Report on vaccination in Madras 1904-1921 - 1904-1921
Year: 1904
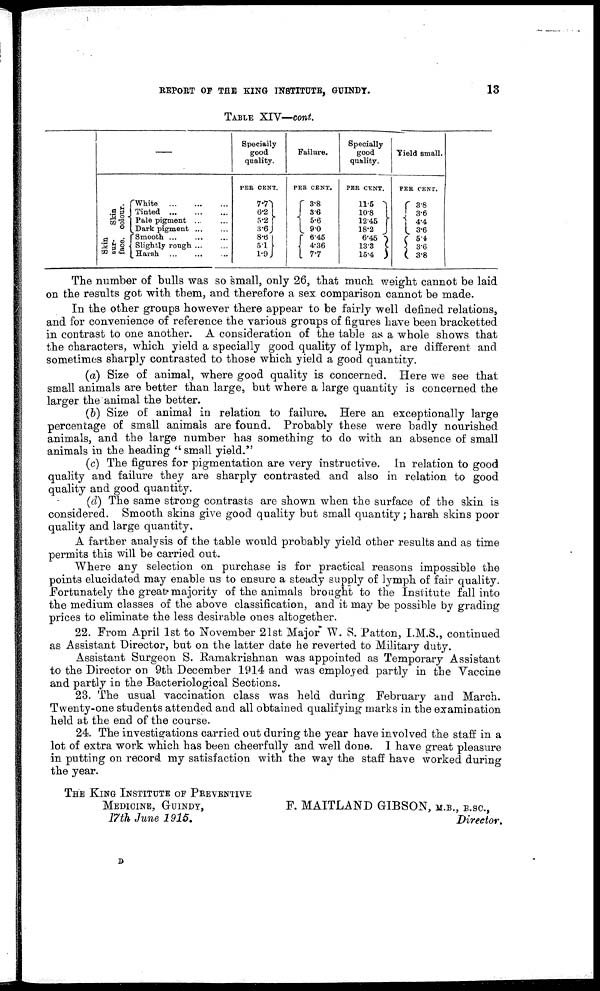
REPORT OF THE KING INSTITUTE, GUINDY.
13
TABLE XIV—cont.
Skin
colour.
Skin
sur-
face.
White
...
...
...
Tinted
...
...
...
Pale pigment ... ...
Dark pigment ... ...
Smooth ...
...
...
Slightly rough ... ...
Harsh
...
...
...
Specially
good
quality.
PER CENT.
7.7
6.2
5.2
3.6
8.6
5.1
1.9
Failure.
PER CENT.
3.8
3.6
5.6
9.0
6.45
4.36
7.7
Specially
good
quality.
PER CENT.
11.5
10.8
12.45
18.2
6.45
13.3
15.4
Yield small.
PER CENT.
3.8
3.6
4.4
3.6
5.4
3.6
3.8
The number of bulls was so small, only 26, that much weight cannot be laid
on the results got with them, and therefore a sex comparison cannot be made.
In the other groups however there appear to be fairly well defined relations,
and for convenience of reference the various groups of figures have been bracketted
in contrast to one another. A consideration of the table as a whole shows that
the characters, which yield a specially good quality of lymph, are different and
sometimes sharply contrasted to those which yield a good quantity.
(a) Size of animal, where good quality is concerned. Here we see that
small animals are better than large, but where a large quantity is concerned the
larger the animal the better.
(b) Size of animal in relation to failure. Here an exceptionally large
percentage of small animals are found. Probably these were badly nourished
animals, and the large number has something to do with an absence of small
animals in the heading " small yield."
(c) The figures for pigmentation are very instructive. In relation to good
quality and failure they are sharply contrasted and also in relation to good
quality and good quantity.
(d) The same strong contrasts are shown when the surface of the skin is
considered. Smooth skins give good quality but small quantity; harsh skins poor
quality and large quantity.
A farther analysis of the table would probably yield other results and as time
permits this will be carried out.
Where any selection on purchase is for practical reasons impossible the
points elucidated may enable us to ensure a steady supply of lymph of fair quality.
Fortunately the great majority of the animals brought to the Institute fall into
the medium classes of the above classification, and it may be possible by grading
prices to eliminate the less desirable ones altogether.
22. From April 1st to November 21st Major W. S. Patton, I.M.S., continued
as Assistant Director, but on the latter date he reverted to Military duty.
Assistant Surgeon S. Ramakrishnan was appointed as Temporary Assistant
to the Director on 9th December 1914 and was employed partly in the Vaccine
and partly in the Bacteriological Sections.
23. The usual vaccination class was held during February and March.
Twenty-one students attended and all obtained qualifying marks in the examination
held at the end of the course.
24. The investigations carried out during the year have involved the staff in a
lot of extra work which has been cheerfully and well done. I have great pleasure
in putting on record my satisfaction with the way the staff have worked during
the year.
THE KING INSTITUTE OF PREVENTIVE
MEDICINE, GUINDY,
F. MAITLAND GIBSON, M.B., B.SC.,
17th June 1915.
Director.
D